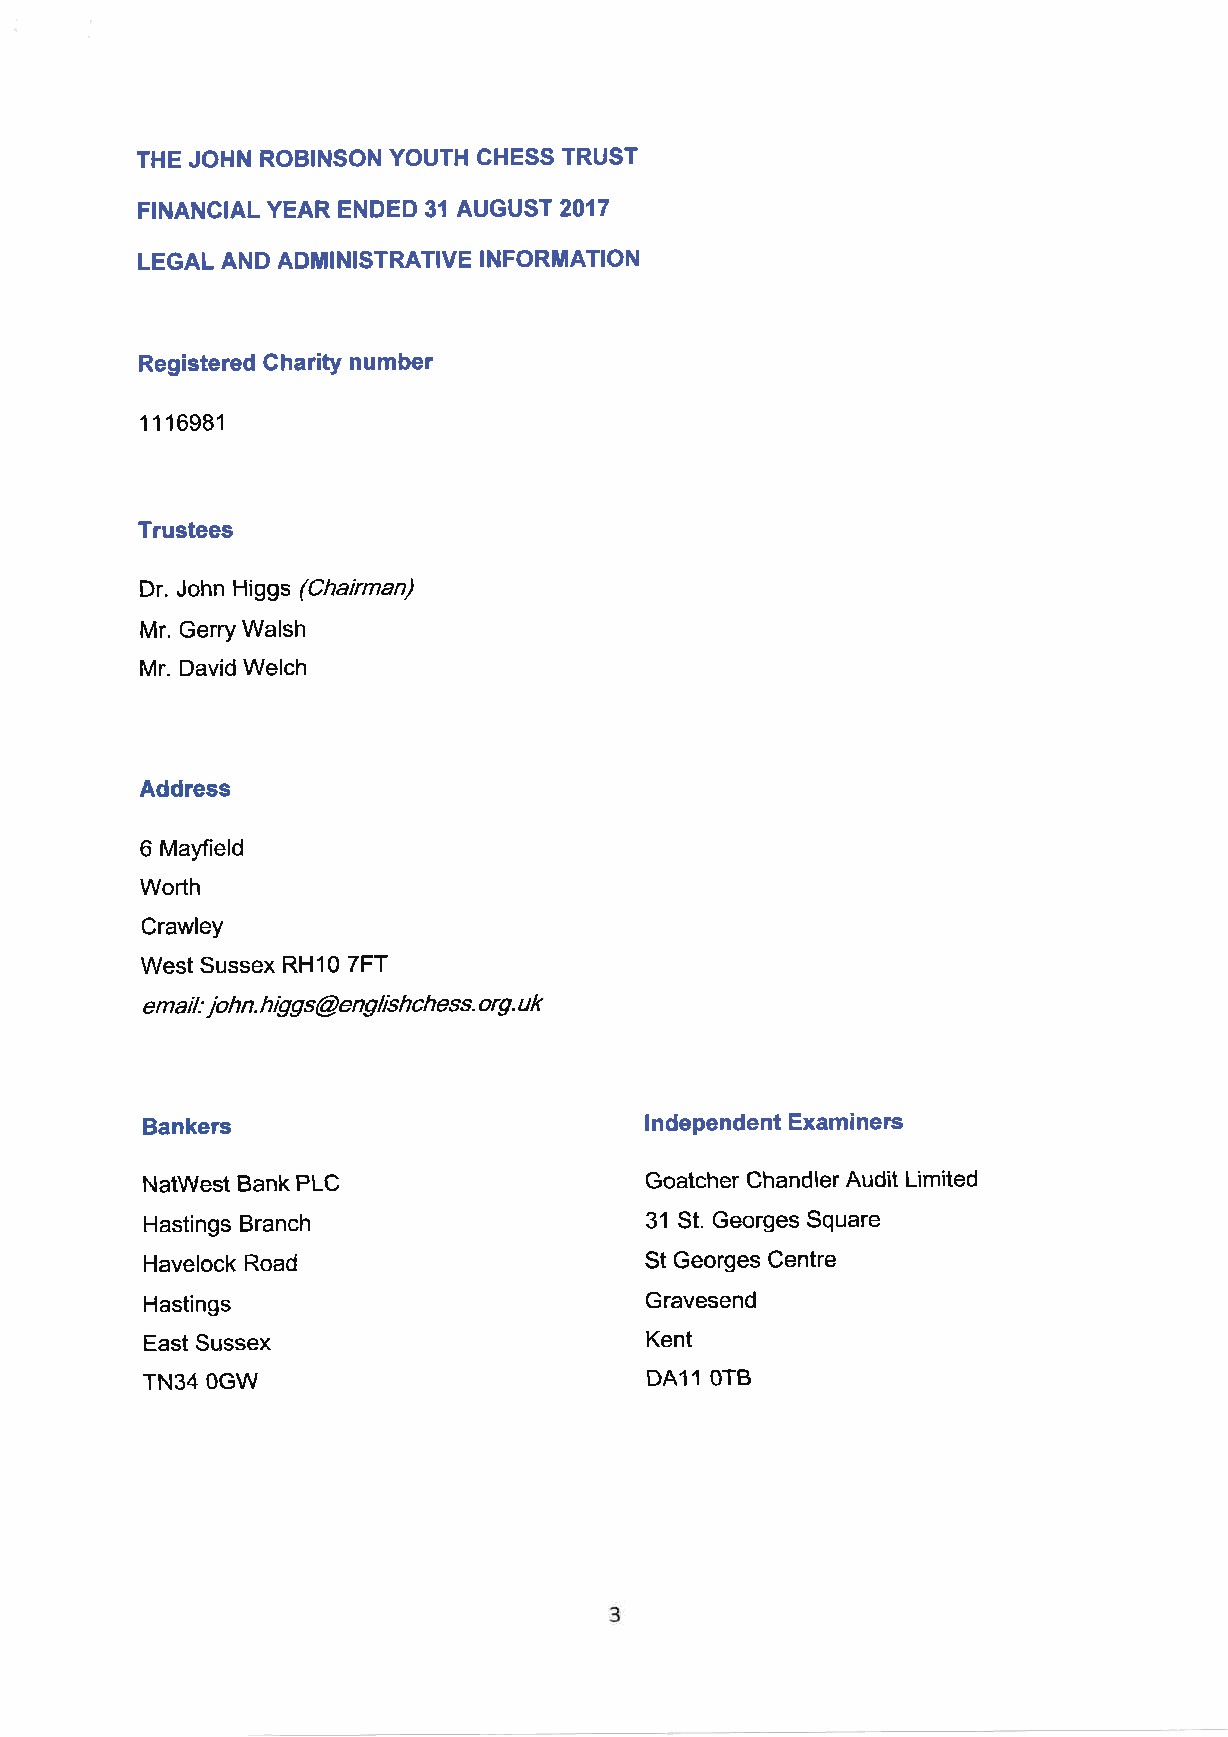
THE JOHN ROBINSON YOUTH CHESS TRUST
 FTNANGIAL YEAR ENDED 31 AUGUST 2017
 LEGAL AND ADMINISTRATIVE INFORMATION
 Registered Charity number
 1 1 16981
 Trustees
 Dr. John Higgs (Chairman)
 Mr. Gerry Walsh
 Mr. David Welch
 Address
 6 Mayfield
 Worth
 Crawley
 West Sussex RH10 7FT
 e ma il : joh n. h iggs @eng lt'shchess. org. uk
 Bankers                           lndependent Examiners
 NatWest Bank PLC                  Goatcher Chandler Audit Limited
 Hastings Branch                  31 St. Georges Square
 Havelock Road                    St Georges Centre
 Hastings                         Gravesend
 East Sussex                      Kent
 TN34 OGW                         DA11 OTB